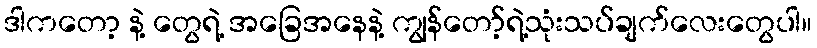
ဒါကတော့ နဲ့ တွေရဲ့ အခြေအနေနဲ့ ကျွန်တော့်ရဲ့သုံးသပ်ချက်လေးတွေပါ။